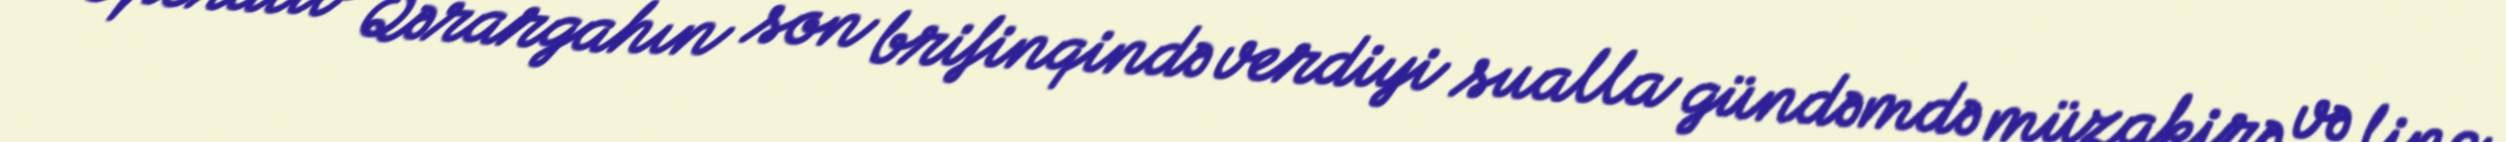
Operativ Qərargahın son brifinqində verdiyi sualla gündəmdə müzakirə və linç